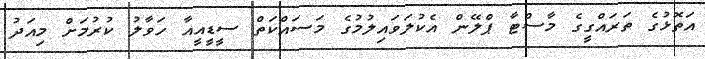
އަތޮޅުގެ ތަރައްގީގެ މާސްޓާ ޕްލޭން އެކުލަވައިލުމުގެ މަސައްކަތް ސީޑީއީއާ ހަވާލު ކުރުމަށް މިއަދު